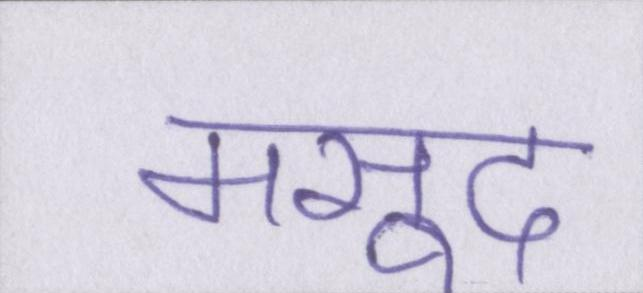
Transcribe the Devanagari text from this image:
मसूद